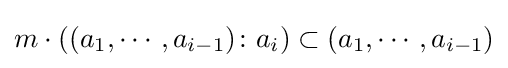
m\cdot ((a_{1},\cdots ,a_{i-1})\colon a_{i})\subset (a_{1},\cdots ,a_{i-1})